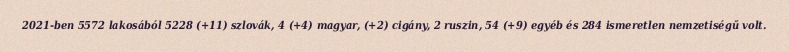
2021-ben 5572 lakosából 5228 (+11) szlovák, 4 (+4) magyar, (+2) cigány, 2 ruszin, 54 (+9) egyéb és 284 ismeretlen nemzetiségű volt.